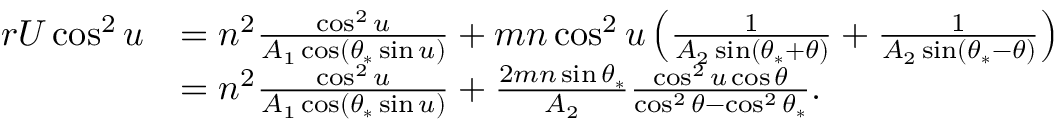
\begin{array} { r l } { r U \cos ^ { 2 } u } & { = n ^ { 2 } \frac { \cos ^ { 2 } u } { A _ { 1 } \cos ( \theta _ { * } \sin u ) } + m n \cos ^ { 2 } u \left( \frac { 1 } { A _ { 2 } \sin ( \theta _ { * } + \theta ) } + \frac { 1 } { A _ { 2 } \sin ( \theta _ { * } - \theta ) } \right) } \\ & { = n ^ { 2 } \frac { \cos ^ { 2 } u } { A _ { 1 } \cos ( \theta _ { * } \sin u ) } + \frac { 2 m n \sin \theta _ { * } } { A _ { 2 } } \frac { \cos ^ { 2 } u \cos \theta } { \cos ^ { 2 } \theta - \cos ^ { 2 } \theta _ { * } } . } \end{array}